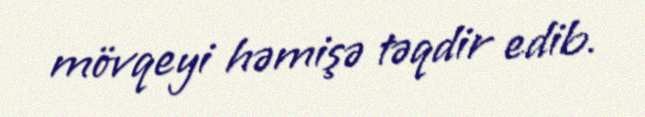
mövqeyi həmişə təqdir edib.